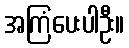
အကြံပေးပါဦး။